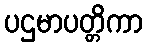
ပဌမာပတ္တိကာ